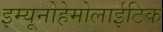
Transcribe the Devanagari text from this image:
इम्यूनोहेमोलाईटिक